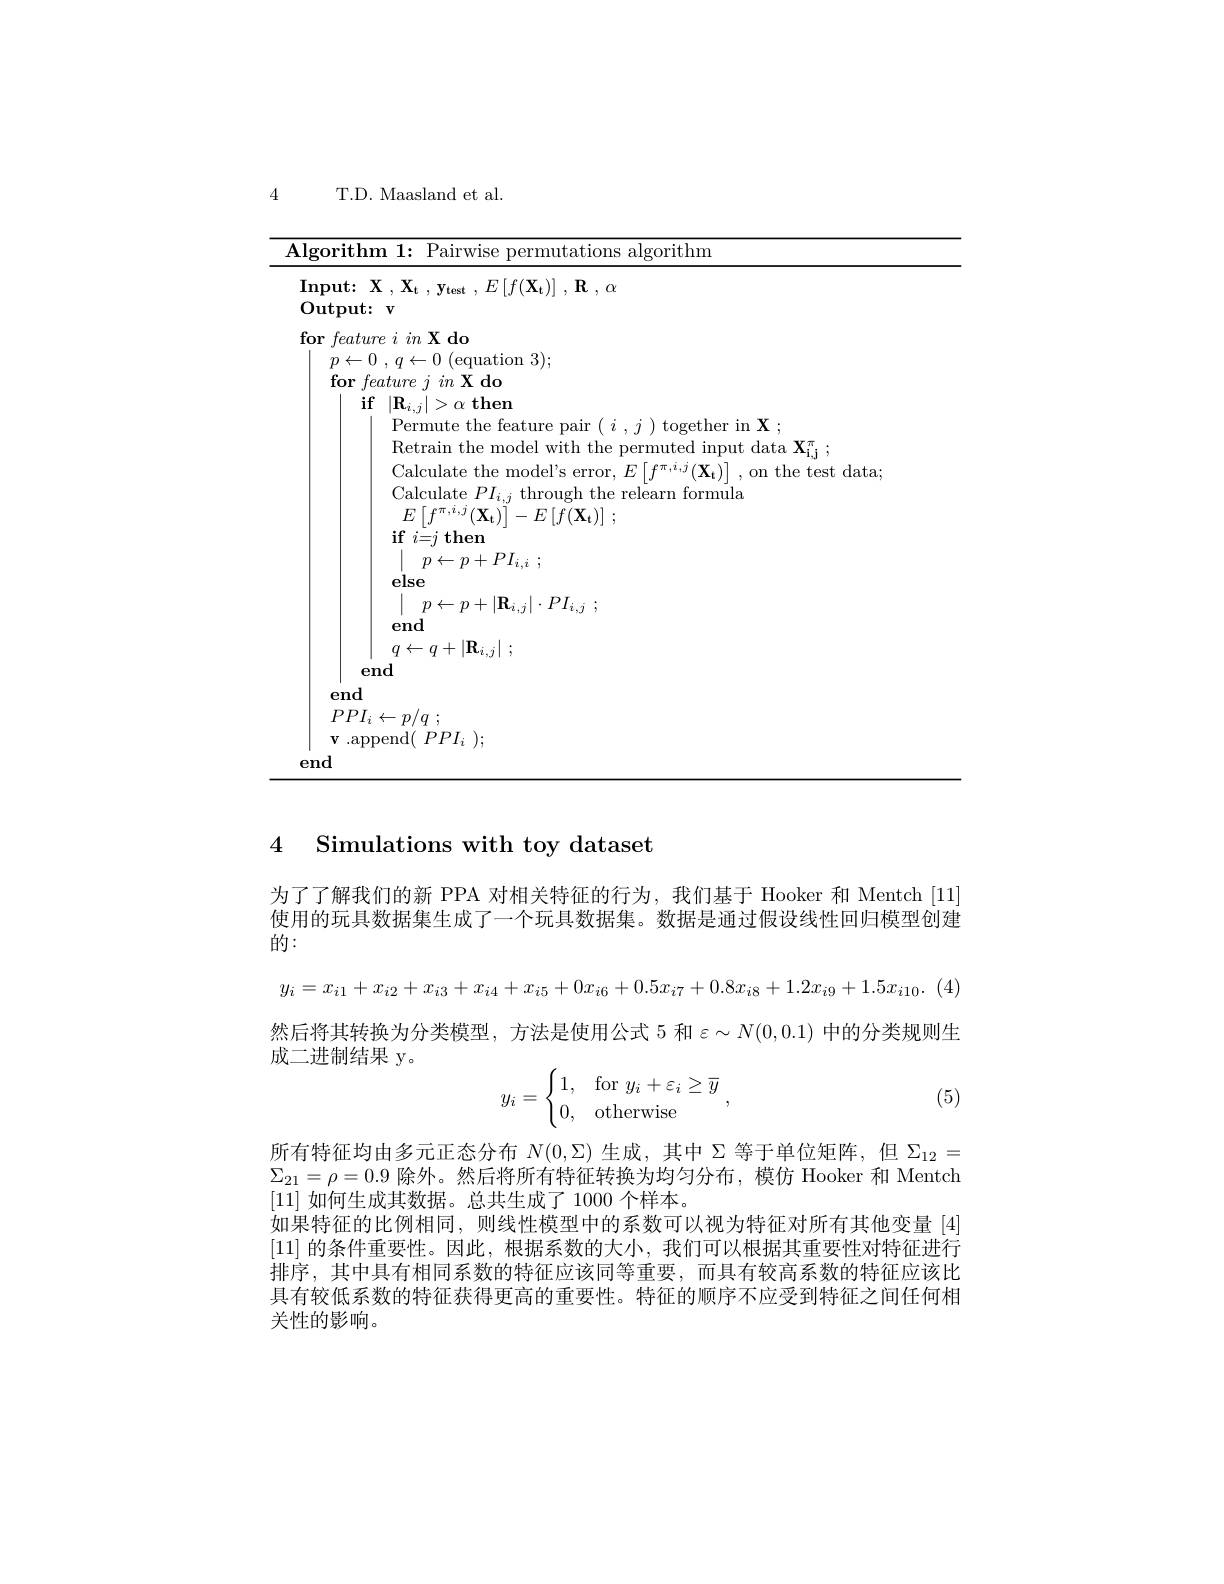
4

T.D. Maasland et al.

<table>
	<tbody>
		<tr>
			<td>lgorithn</td>
			<td>$\mathbf{hm}1:$ Pairwise utations algorithm</td>
		</tr>
		<tr>
			<td>$Input:$</td>
			<td>$\mathbf{X}$ , $\mathbf{X} _{\mathbf{t} }$ , $\mathbf{y} _{\mathbf{test}}$ , $E\left [ f( \mathbf{X} _{\mathbf{t} }) \right ]$ , $\mathbf{R}$ , $\alpha$</td>
		</tr>
		<tr>
			<td>$0{\mathrm{utput:}}$</td>
			<td>$11\boldsymbol{t}:$ $V$</td>
		</tr>
		<tr>
			<td>for $featu.$</td>
			<td>$ture\textit{i in X do}$</td>
		</tr>
		<tr>
			<td>$p$ $\leftarrow$</td>
			<td>-0 (equation 3);</td>
		</tr>
		<tr>
			<td>for</td>
			<td>reatnre $\eta$ $in\textbf{X do}$</td>
		</tr>
		<tr>
			<td>$\mathbf{if}$</td>
			<td>11 $\left|\mathbf{R}_{i,j}\right|>\alpha$ then</td>
		</tr>
		<tr>
			<td> </td>
			<td>ermute f the fea. t 10H.1 toget ther ln X</td>
		</tr>
		<tr>
			<td> </td>
			<td>Retrain the model with the r permuted input data $\mathbf{X}_{\mathrm{i}}^{\pi}$</td>
		</tr>
		<tr>
			<td> </td>
			<td>Calculate the model's c error on the test data</td>
		</tr>
		<tr>
			<td> </td>
			<td>$\textbf{if}i{= }j\textbf{ then}$ $p\leftarrow p+ PI_{i, i}$ ; else</td>
		</tr>
		<tr>
			<td> </td>
			<td>$p\leftarrow p+ | \mathbf{R} _{i, j}| \cdot PI_{i, j}$ ; end</td>
		</tr>
		<tr>
			<td>el</td>
			<td>$|^{\mathbf{I}\mathbf{v}t},J$ end</td>
		</tr>
		<tr>
			<td>end</td>
			<td>d</td>
		</tr>
		<tr>
			<td>$PPI_{i}$</td>
			<td>${\mathcal I}_{i}\leftarrow p/q$</td>
		</tr>
		<tr>
			<td>$V.$ .ap.</td>
			<td>${\mathrm{pend}}(~PPI_{i}~);$</td>
		</tr>
		<tr>
			<td>end</td>
			<td> </td>
		</tr>
	</tbody>
</table>

### 4 Simulations with tov dataset

为了了解我们的新 PPA 对相关特征的行为，我们基于 Hooker 和 Mentch [11] 使用的玩具数据集生成了一个玩具数据集。数据是通过假设线性回归模型创建

的：
$$y_{i}=x_{i1}+x_{i2}+x_{i3}+x_{i4}+x_{i5}+0x_{i6}+0.5x_{i7}+0.8x_{i8}+1.2x_{i9}+1.5x_{i10}.$$
然后将其转换为分类模型，方法是使用公式 5 和$\varepsilon\sim N(0,0.1)$中的分类规则生
成二进制结果 y。
$$y_i=\begin{cases}1,&\text{for}y_i+\varepsilon_i\ge\overline{y}\\0,&\text{otherwise}\end{cases},$$
(5)

所有特征均由多元正态分布$N(0,\Sigma)$生成，其中 Σ等于单位矩阵，但$\Sigma_{12}=$ $\Sigma_{21}=\rho=0.9$除外。然后将所有特征转换为均匀分布，模仿 Hooker 和 Mentch [11]如何生成其数据。总共生成了 1000 个样本。
如果特征的比例相同，则线性模型中的系数可以视为特征对所有其他变量[4] [11]的条件重要性。因此，根据系数的大小，我们可以根据其重要性对特征进行排序，其中具有相同系数的特征应该同等重要，而具有较高系数的特征应该比具有较低系数的特征获得更高的重要性。特征的顺序不应受到特征之间任何相关性的影响。